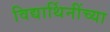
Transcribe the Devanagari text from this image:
विद्यार्थिनींच्या